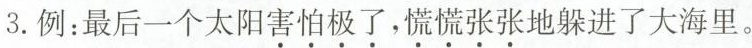
3.例：最后一个太阳\underset{·}{害}\underset{·}{怕}\underset{·}{极}\underset{·}{了}，\underset{·}{慌}\underset{·}{慌}\underset{·}{张}\underset{·}{张}地躲进了大海里。